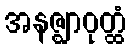
အနဇ္ဈာဝုတ္ထံ